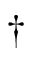
\dagger